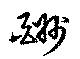
酬